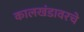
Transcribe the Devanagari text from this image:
कालखंडावरचे